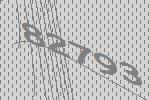
82793